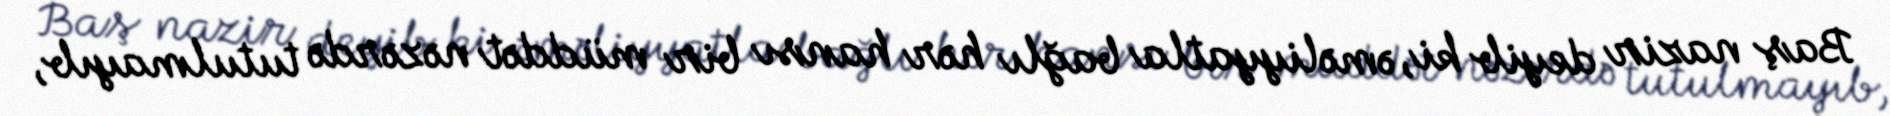
Baş nazir deyib ki, əməliyyatla bağlı hər hansı bir müddət nəzərdə tutulmayıb,